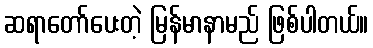
ဆရာတော်ပေးတဲ့ မြန်မာနာမည် ဖြစ်ပါတယ်။